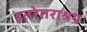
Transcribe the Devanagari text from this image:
इतरेतराश्रय